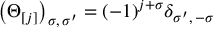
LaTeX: \left( \Theta _ { [ j ] } \right) _ { \sigma , \, \sigma ^ { \prime } } = ( - 1 ) ^ { j + \sigma } \delta _ { \sigma ^ { \prime } , \, - \sigma }